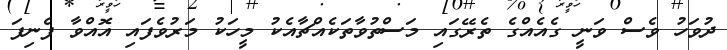
ދުވަހު ވެސް ވަނީ ގެއެއްގެ ތެރޭގައި މަސްތުވާތަކެއްޗާއެކު މީހަކު މަރުވެފައި އޮއްވާ ފެނިފަ